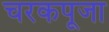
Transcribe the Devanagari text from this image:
चरकपूजा